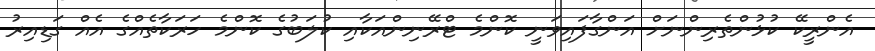
އެންރީކޭ ކުޅުންތެރިންނަށް އަންގާފައިވަނީ ކޮންމެ ޓްރޭނިންއަކާއި ކުލަބުގެ ކޮންމެ ހަރަކާތެއްގެ އެއް ގަޑިއިރު